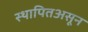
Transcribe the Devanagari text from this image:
स्थापितअसून